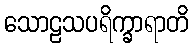
သောဠသပရိက္ခာရာတိ